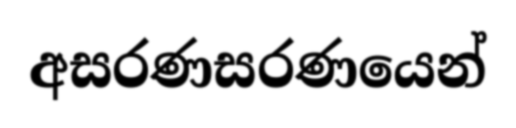
අසරණසරණයෙන්